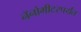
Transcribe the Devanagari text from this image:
नॅनोमीटरपर्यंत